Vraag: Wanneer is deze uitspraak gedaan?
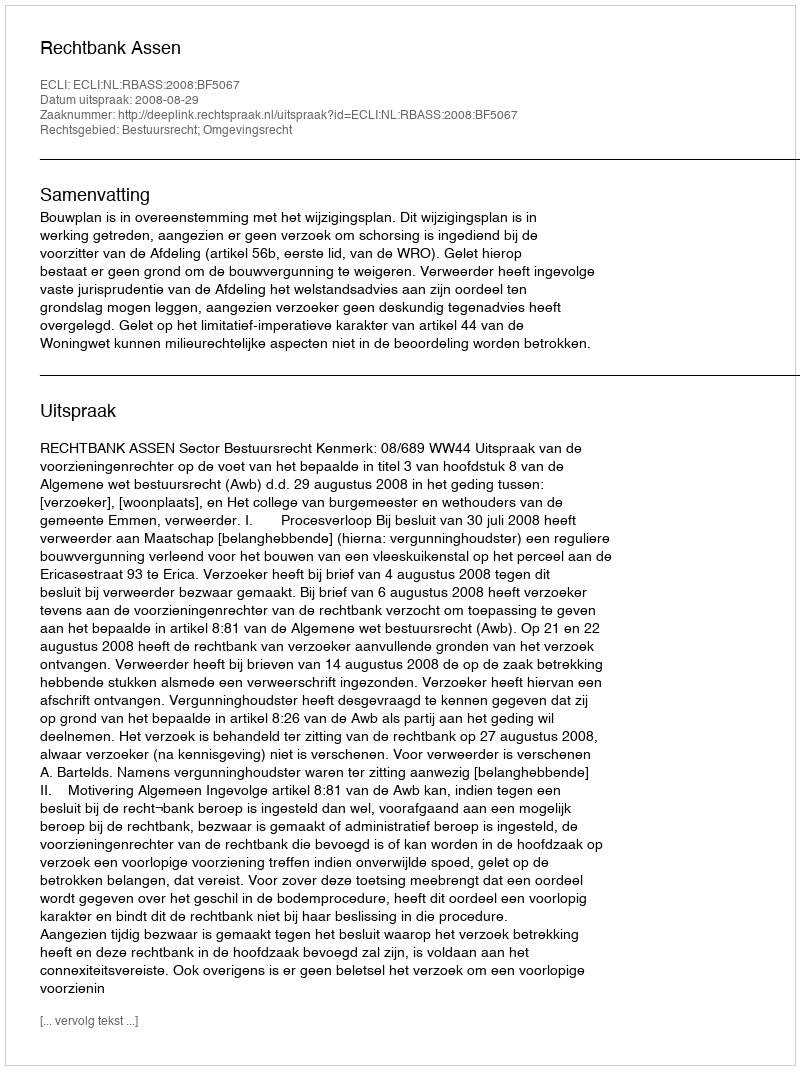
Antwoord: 2008-08-29